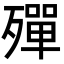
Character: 殫